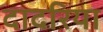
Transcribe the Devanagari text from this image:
दादरिया